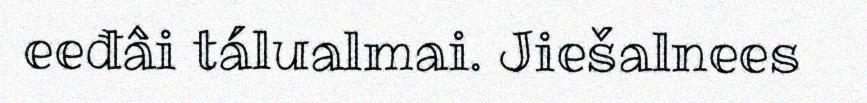
eeđâi tálualmai. Jiešalnees